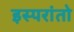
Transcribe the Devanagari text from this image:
इस्परांतो